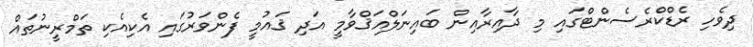
ދިވެހި ރެޑްކްރެސެންޓްގައި މި ދާއިރާއިން ބައިނަލްއަޤްވާމީ އަދި ޤައުމީ ފެންވަރުގައި އެކިއެކި ތަމްރީނުތައް